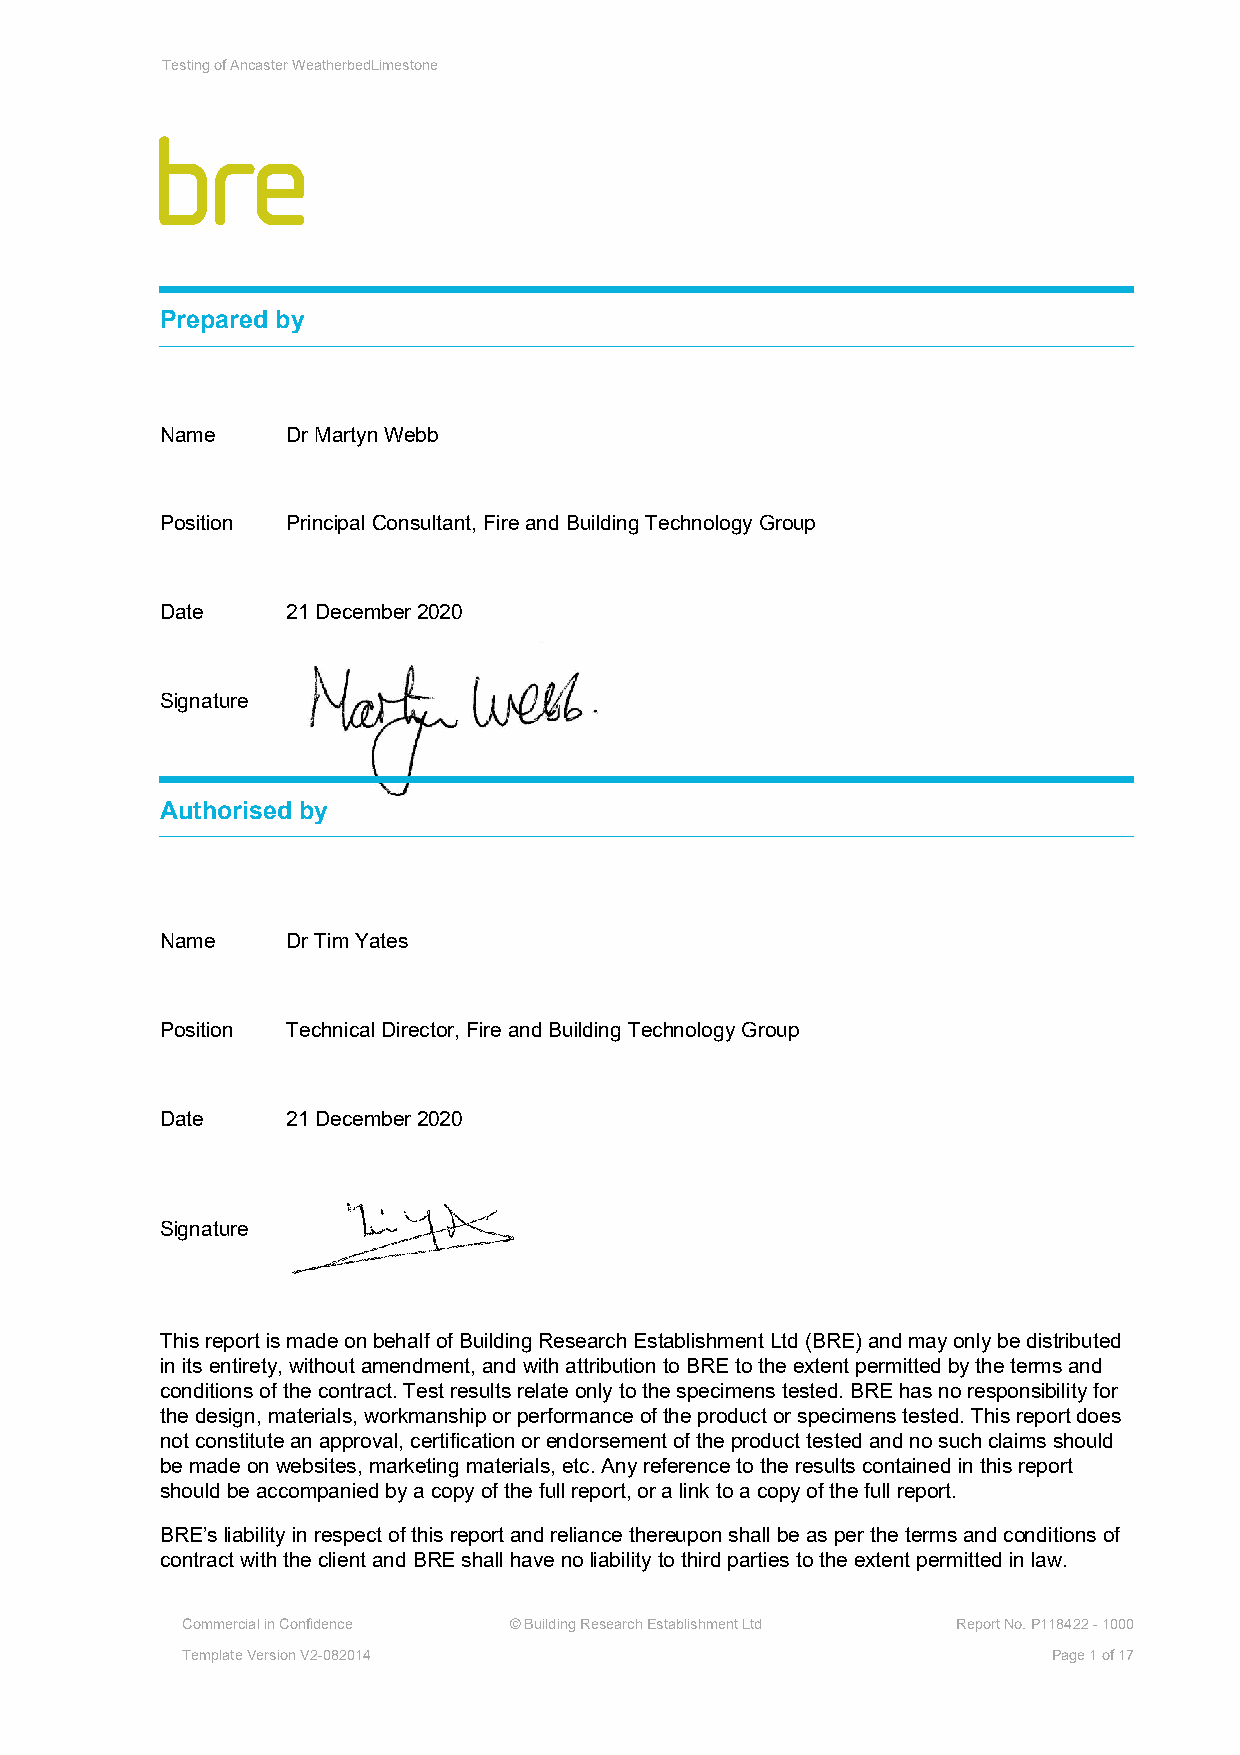
Testing of Ancaster WeatherbedLimestone
 Prepared by
 Name    Dr Martyn Webb
 Position Principal Consultant, Fire and Building Technology Group
 Date    21 December 2020
 Signature
 Authorised by
 Name    Dr Tim Yates
 Position Technical Director, Fire and Building Technology Group
 Date    21 December 2020
 Signature
 This report is made on behalf of Building Research Establishment Ltd (BRE) and may only be distributed
 in its entirety, without amendment, and with attribution to BRE to the extent permitted by the terms and
 conditions of the contract. Test results relate only to the specimens tested. BRE has no responsibility for
 the design, materials, workmanship or performance of the product or specimens tested. This report does
 not constitute an approval, certification or endorsement of the product tested and no such claims should
 be made on websites, marketing materials, etc. Any reference to the results contained in this report
 should be accompanied by a copy of the full report, or a link to a copy of the full report.
 BRE’s liability in respect of this report and reliance thereupon shall be as per the terms and conditions of
 contract with the client and BRE shall have no liability to third parties to the extent permitted in law.
 Commercial in Confidence © Building Research Establishment Ltd Report No. P118422 - 1000
 Template Version V2-082014                                Page 1 of 17